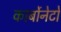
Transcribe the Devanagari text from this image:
कार्बोनेटो